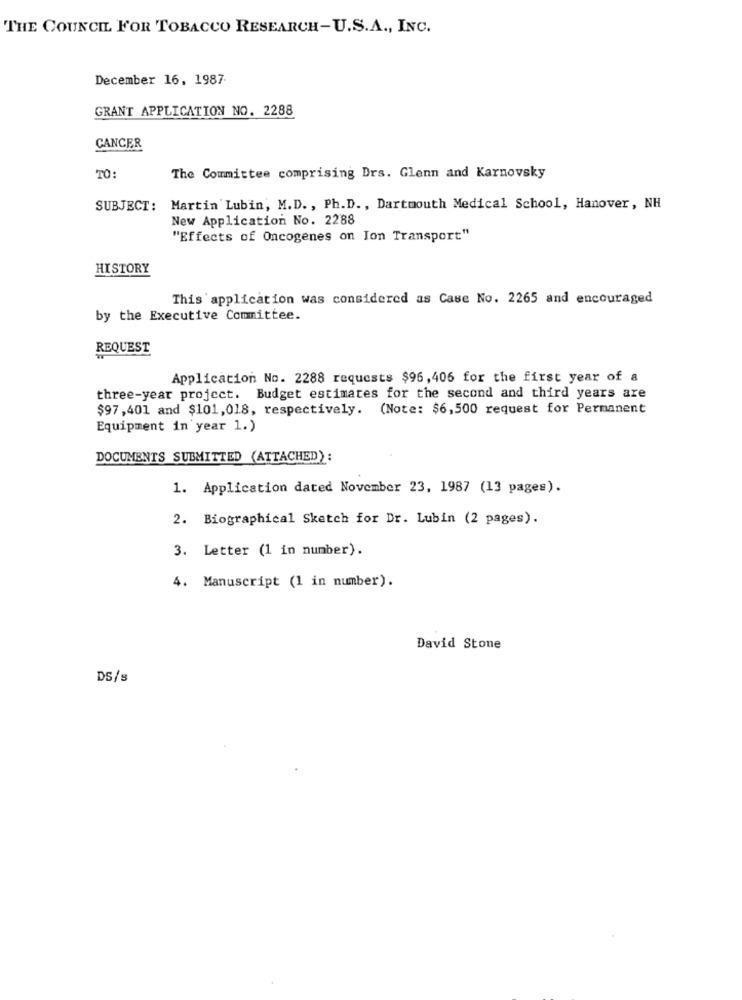
THE COUNCIL FOR TOBACCO RESEARCH-U.S.A ., INC.
December 16, 1987.
GRANT APPLICATION NO. 2288
CANCER
TO:
The Committee comprising Drs. Glenn and Karnovsky
SUBJECT:
Martin Lubin, M.D. , Ph.D ., Dartmouth Medical School, Hanover, NH
New Application No. 2288
"Effects of Oncogenes on Ion Transport"
HISTORY
This application was considered as Case No. 2265 and encouraged
by the Executive Committee.
REQUEST
Application No. 2288 requests $96,406 for the first year of a
three-year project. Budget estimates for the second and third years are
$97,401 and $101,018, respectively. (Note: $6,500 request for Permanent
Equipment in year 1.)
DOCUMENTS SUBMITTED (ATTACHED):
1. Application dated November 23, 1987 (13 pages).
2. Biographical Sketch for Dr. Lubin (2 pages).
3. Letter (1 in number).
4. Manuscript (1 in number).
David Stone
DS/s